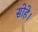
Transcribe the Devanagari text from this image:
सोहे।